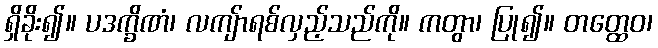
ရှိခိုး၍။ ပဒက္ခိဏံ၊ လကျ်ာရစ်လှည့်သည်ကို။ ကတွာ၊ ပြု၍။ တတ္ထေဝ၊